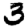
Digit: 3